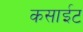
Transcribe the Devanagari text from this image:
कसाईट